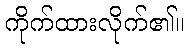
ကိုက်ထားလိုက်၏။